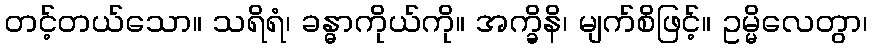
တင့်တယ်သော။ သရိရံ၊ ခန္ဓာကိုယ်ကို။ အက္ခိနိ၊ မျက်စိဖြင့်။ ဥမ္မိလေတွာ၊